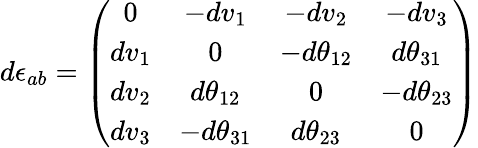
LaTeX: d\epsilon_{ab}=\left(\begin{array}{cccc}{{0}}&{{-dv_{1}}}&{{-dv_{2}}}&{{-dv_{3}}}\\ {{dv_{1}}}&{{0}}&{{-d\theta_{12}}}&{{d\theta_{31}}}\\ {{dv_{2}}}&{{d\theta_{12}}}&{{0}}&{{-d\theta_{23}}}\\ {{dv_{3}}}&{{-d\theta_{31}}}&{{d\theta_{23}}}&{{0}}\end{array}\right)